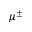
\mu ^ { \pm }